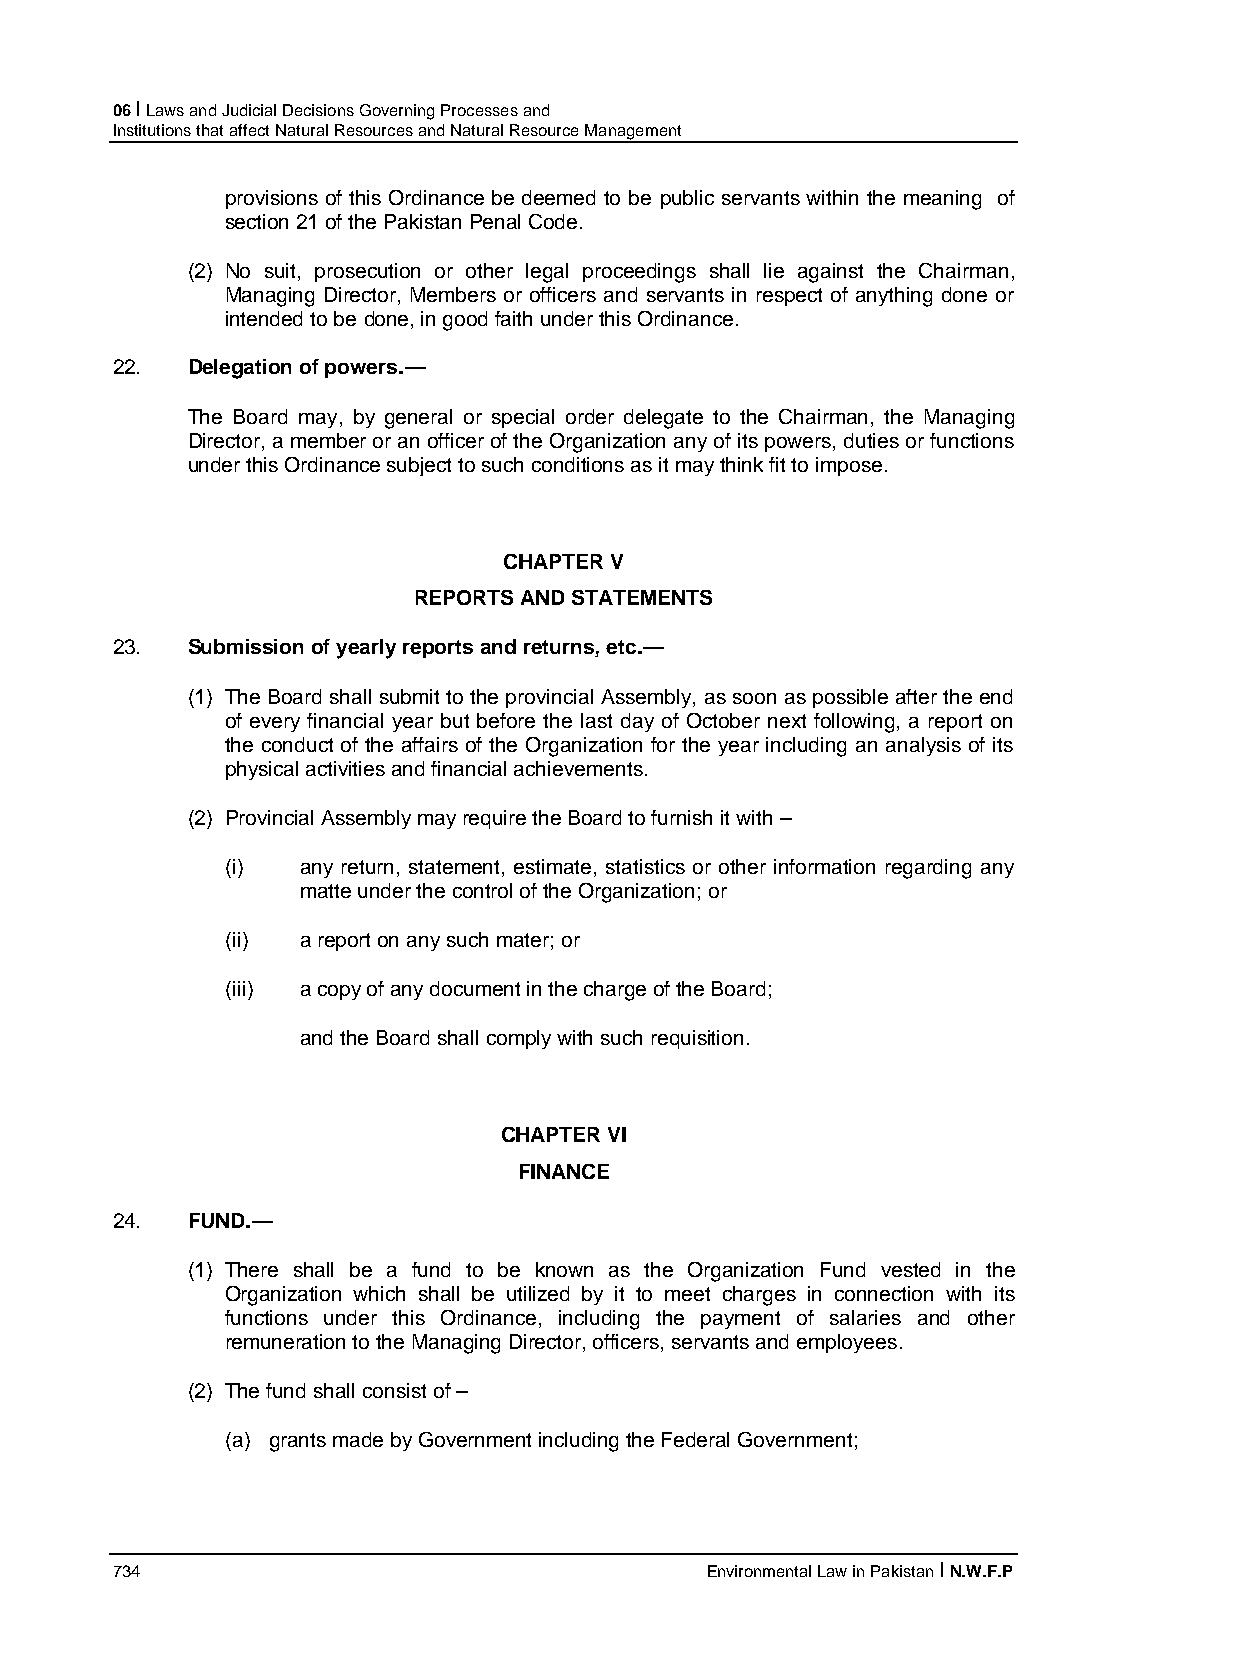
06 I Laws and Judicial Decisions Governing Processes and
 Institutions that affect Natural Resources and Natural Resource Management
 provisions of this Ordinance be deemed to be public servants within the meaning of
 section 21 of the Pakistan Penal Code.
 (2) No suit, prosecution or other legal proceedings shall lie against the Chairman,
 Managing Director, Members or officers and servants in respect of anything done or
 intended to be done, in good faith under this Ordinance.
 22.  Delegation of powers.—
 The Board may, by general or special order delegate to the Chairman, the Managing
 Director, a member or an officer of the Organization any of its powers, duties or functions
 under this Ordinance subject to such conditions as it may think fit to impose.
 CHAPTER V
 REPORTS AND STATEMENTS
 23.  Submission of yearly reports and returns, etc.—
 (1) The Board shall submit to the provincial Assembly, as soon as possible after the end
 of every financial year but before the last day of October next following, a report on
 the conduct of the affairs of the Organization for the year including an analysis of its
 physical activities and financial achievements.
 (2) Provincial Assembly may require the Board to furnish it with –
 (i)  any return, statement, estimate, statistics or other information regarding any
 matte under the control of the Organization; or
 (ii) a report on any such mater; or
 (iii) a copy of any document in the charge of the Board;
 and the Board shall comply with such requisition.
 CHAPTER VI
 FINANCE
 24.  FUND.—
 (1) There shall be a fund to be known as the Organization Fund vested in the
 Organization which shall be utilized by it to meet charges in connection with its
 functions under this Ordinance, including the payment of salaries and other
 remuneration to the Managing Director, officers, servants and employees.
 (2) The fund shall consist of –
 (a) grants made by Government including the Federal Government;
 734                                     Environmental Law in Pakistan I N.W.F.P